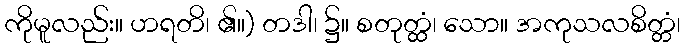
ကိုမူလည်း။ ဟရတိ၊ ၏။) တဒါ၊ ၌။ စတုတ္ထံ၊ သော။ အကုသလစိတ္တံ၊